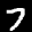
Label: 7